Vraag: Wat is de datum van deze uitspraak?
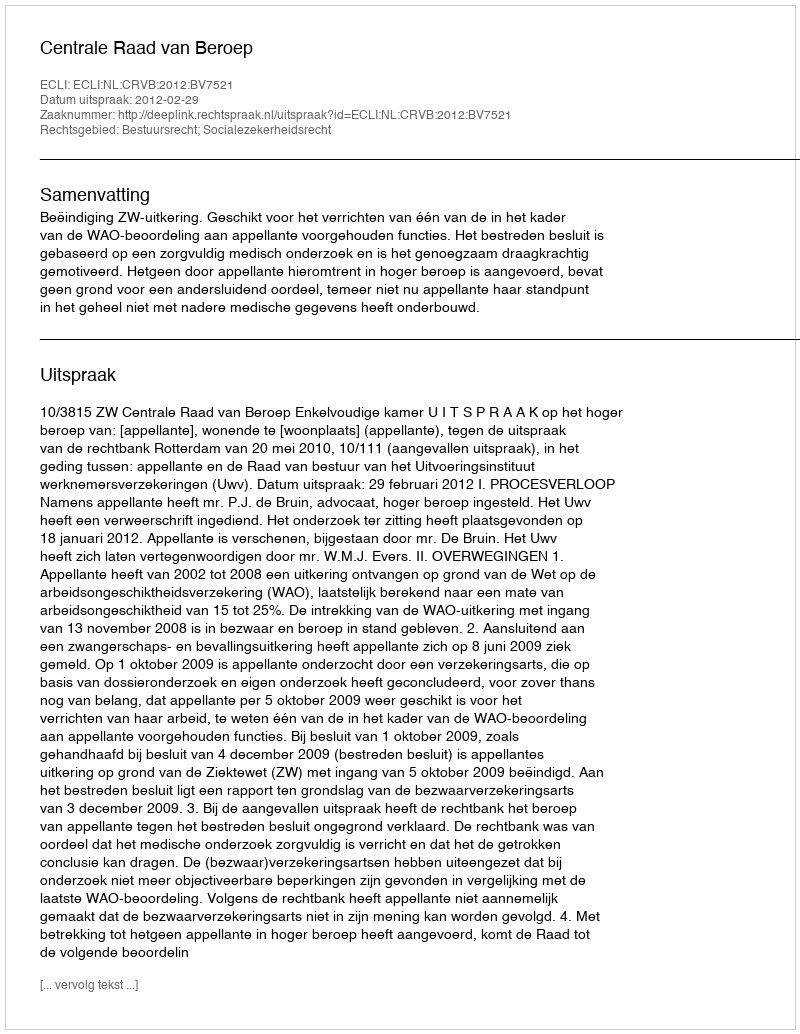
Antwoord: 2012-02-29